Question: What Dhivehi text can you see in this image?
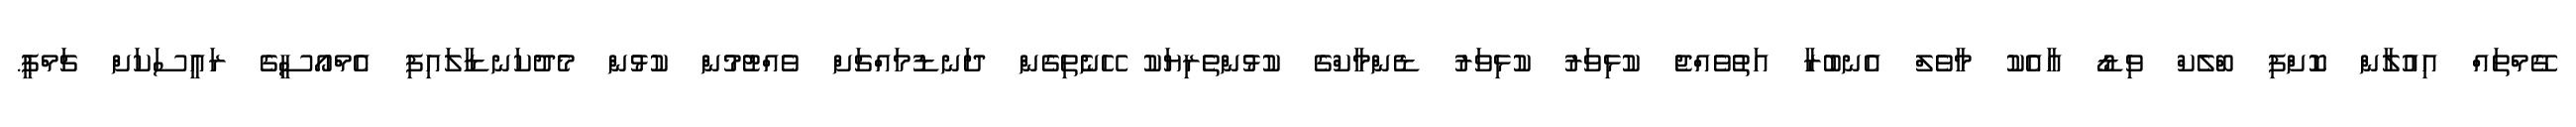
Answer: ގޭމްތައް އިއުލާން ކޮށްފި ބްލެކް ވިޑޯ އާއެކު މާވެލް އެނބުރާ އަތުވެއްޖެ ކުޅިވަރު ކުޅިވަރު ޑެންމާކްގެ ކުޅުންތެރިޔަކު ހޭނެތިގެން ދަނޑުމައްޗަށް ވެއްޓުމުން ކުޅުން މެދުކަނޑާލައިފި އެމްއޯސީގެ ރައީސަކަށް ޗަމްޕީ.